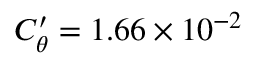
C _ { \theta } ^ { \prime } = 1 . 6 6 \times 1 0 ^ { - 2 }